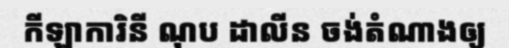
កីឡាការិនី ណុប ដាលីន ចង់តំណាងឲ្យ